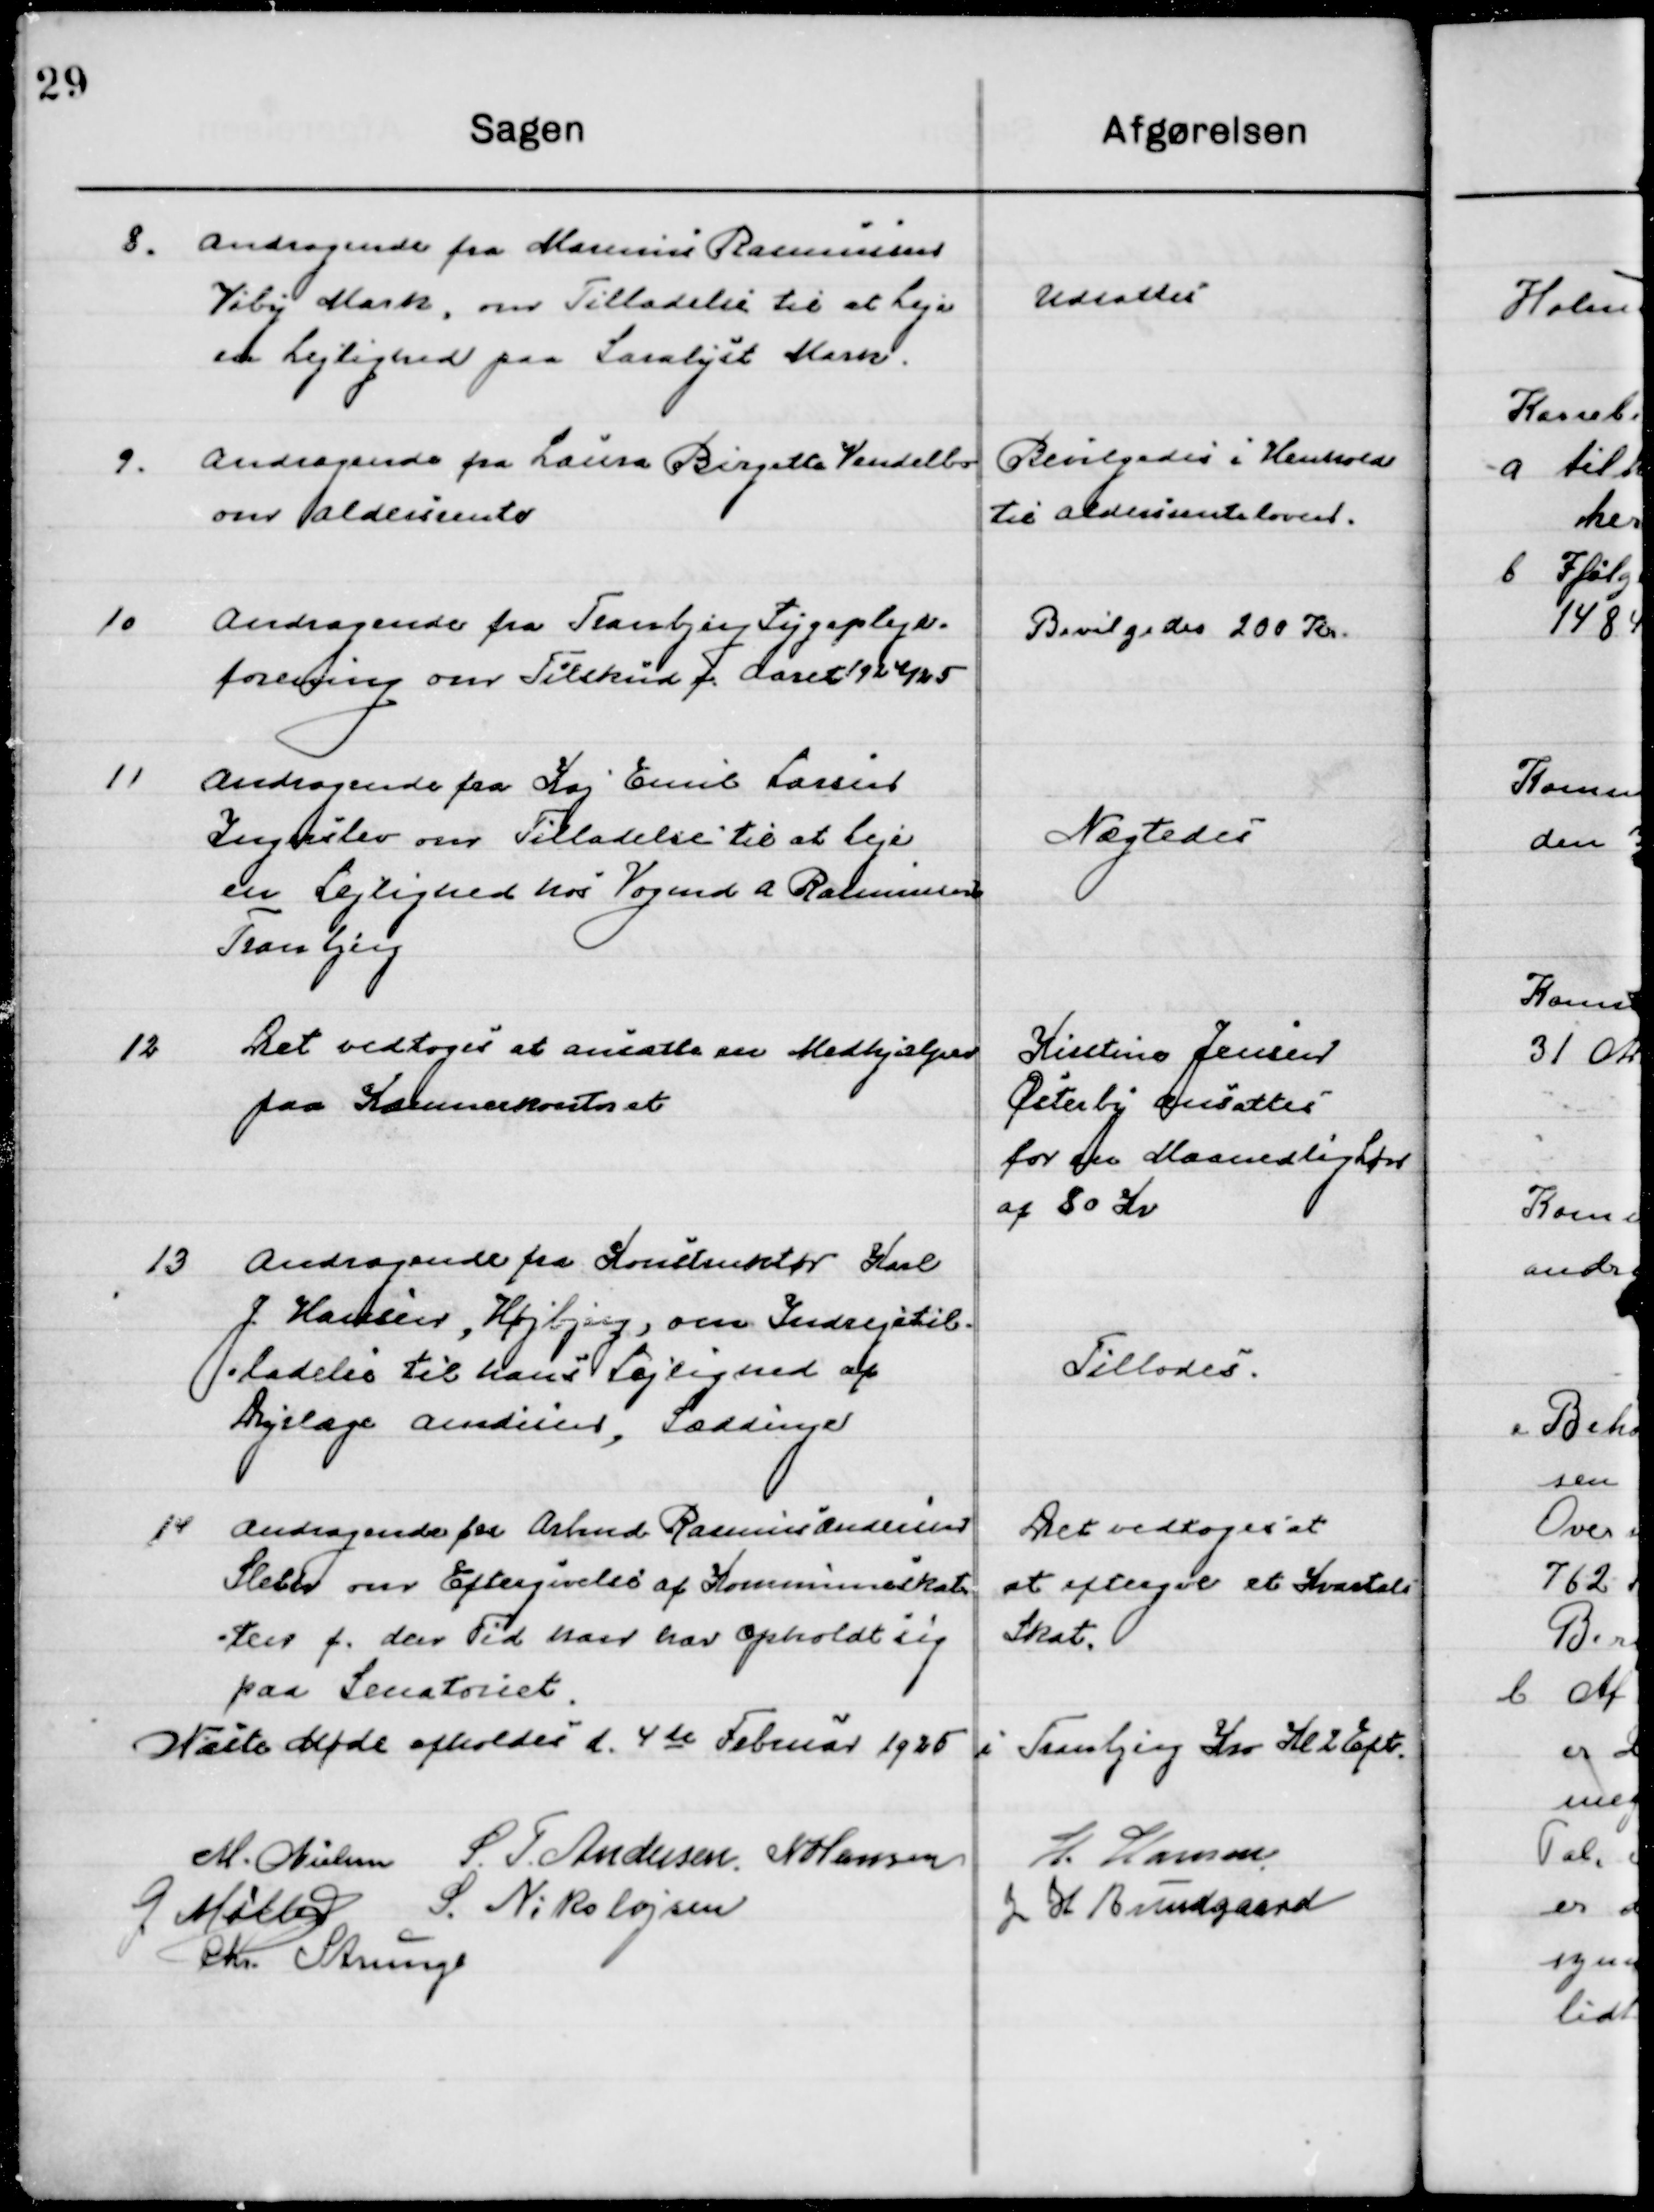
Transskription:
8

Andragende fra Marinus Rasmussen
Viby Mark, om Tilladelse til at Leje  
en Lejlighed paa Saralyst Mark.

Udsattes

9

Andragende fra Laura Birgitte Vendelbo
om aldersrente

Bevilgedes i Henhold
til aldersrenteloven

10

Andragende fra Tranbjerg Sygepleje- 
forening om tilskud for Aaret 19 23/25

Bevilgedes 200 Kr.

11

Andragende fra Kaj Emil Larsen
Ingerslev om Tilladelse til at Leje 
en Lejlighed hos Vogmd. A. Rasmussen 
Tranbjerg.

Nægtedes

12

Det vedtoges at ansætte en Medhjælper
paa Kommunekontoret.

Kirstine Jensen
Østerby ansættes
for en Maandedlig løn 
af 80 Kr.

13

Andragende fra Konstruktør Karl
J. Hansen, Højbjerg, om Indrejsetil-
ladelse til han Lejlighed af
Dyrlæge Andersen Sæddinge.

Tillodes

14

Andragende fra Arbmd Rasmus Andersen
Sleter om Eftergivelse af Kommuneskat-
ter f. den Tid han har opholdt sig
paa Sanatoriet.

Det vedtoges
at eftergive et Kvartals
Skat.

Næste Møde afholdes d. 4de Februar 1925 i Tranbjerg Kro Kl. 2 Eft.

M. Nielsen
S. F. Andersen
N. Hansen
H. Hansen
G. Møller
S. Nikolajsen
J. H. Bundgaard
Chr. Strunge.